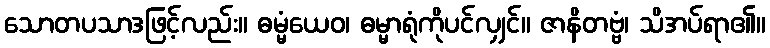
သောတပသာဒဖြင့်လည်း။ ဓမ္မံယေဝ၊ ဓမ္မာရုံကိုပင်လျှင်။ ဇာနိတဗ္ဗံ၊ သိအပ်ရာ၏။